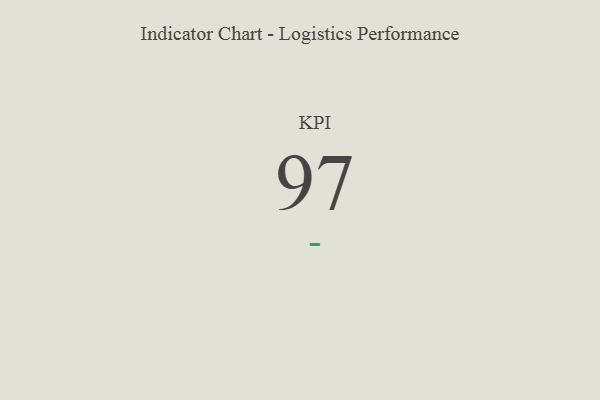
{"axis": {"x": "KPI", "y": "Value"}, "legend": [""], "data": [{"x": "KPI", "y": 97, "type": ""}]}